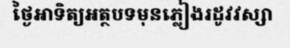
ថ្ងៃអាទិត្យអត្ថបទមុនភ្លៀងរដូវវស្សា